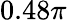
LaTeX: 0.48\pi